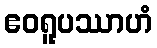
ဧဝရူပဿာဟံ